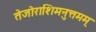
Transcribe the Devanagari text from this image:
तेजोराशिमनुत्तमम्